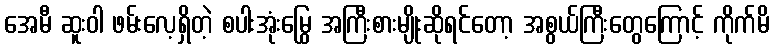
အေမီ ဆူးဝါ ဖမ်းလေ့ရှိတဲ့ စပါးအုံးမြွေ အကြီးစားမျိုးဆိုရင်တော့ အစွယ်ကြီးတွေကြောင့် ကိုက်မိ